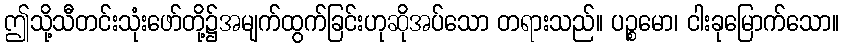
ဤသို့သီတင်းသုံးဖော်တို့၌အမျက်ထွက်ခြင်းဟုဆိုအပ်သော တရားသည်။ ပဉ္စမော၊ ငါးခုမြောက်သော။